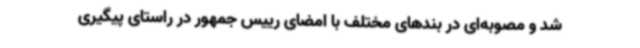
شد و مصوبه‌ای در بندهای مختلف با امضای رییس جمهور در راستای پیگیری